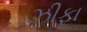
ઝીફા